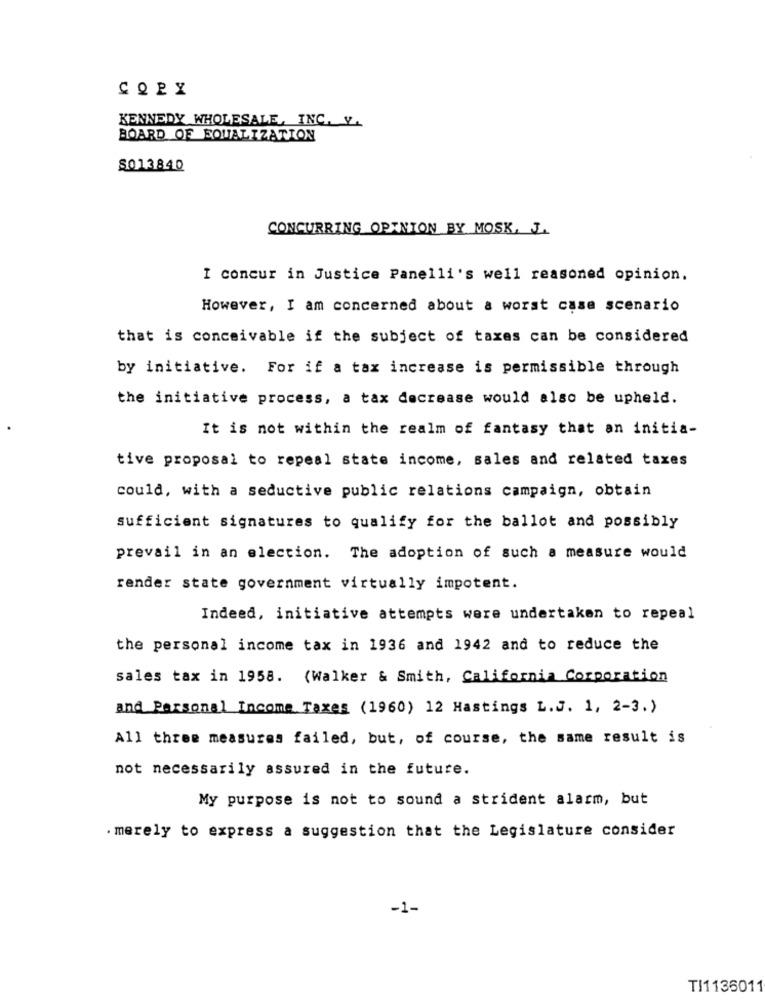
KENNEDY WHOLESALE, INC. Y.
BOARD OF EQUALIZATION
S013840
CONCURRING OPINION BY MOSK, J.
I concur in Justice Panelli's well reasoned opinion.
However, I am concerned about a worst case scenario
that is conceivable if the subject of taxes can be considered
by initiative. For if a tax increase is permissible through
the initiative process, a tax decrease would also be upheld.
It is not within the realm of fantasy that an initia-
tive proposal to repeal state income, sales and related taxes
could, with a seductive public relations campaign, obtain
sufficient signatures to qualify for the ballot and possibly
prevail in an election. The adoption of such a measure would
render state government virtually impotent.
Indeed, initiative attempts were undertaken to repeal
the personal income tax in 1936 and 1942 and to reduce the
sales tax in 1958. (Walker & Smith, California Corporation
and Personal Income Taxes (1960) 12 Hastings L. J. 1, 2-3.)
All three measures failed, but, of course, the same result is
not necessarily assured in the future.
My purpose is not to sound a strident alarm, but
. merely to express a suggestion that the Legislature consider
-1-
TI1136011